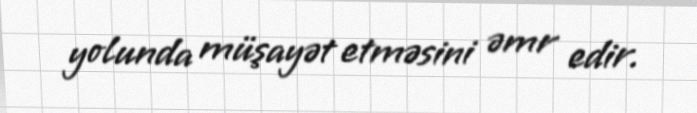
yolunda müşayət etməsini əmr edir.